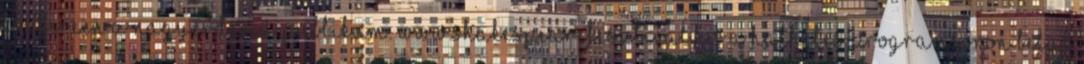
közterein a nagyérdemű publikum. www.shakespearefesztival.hu A hathetes programsoron belül